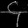
Digit: ၄